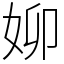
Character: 㚹